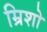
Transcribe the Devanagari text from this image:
म्रिशो